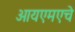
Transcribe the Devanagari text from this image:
आयएमएचे